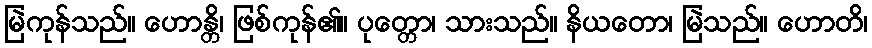
မြဲကုန်သည်။ ဟောန္တိ၊ ဖြစ်ကုန်၏။ ပုတ္တော၊ သားသည်။ နိယတော၊ မြဲသည်။ ဟောတိ၊